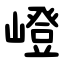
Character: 嶝